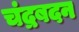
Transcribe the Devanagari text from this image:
चंद्रबदन